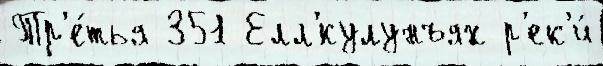
Тр'е́тья 351 Елл'́кулунъях р'ек'и́